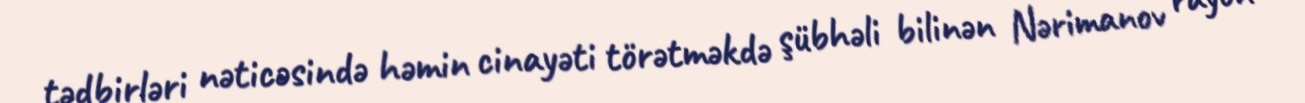
tədbirləri nəticəsində həmin cinayəti törətməkdə şübhəli bilinən Nərimanov rayon